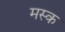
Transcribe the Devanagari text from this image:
मस्‍क